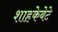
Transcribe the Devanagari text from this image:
शाहकेबेटे